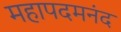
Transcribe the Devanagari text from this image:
महापदमनंद